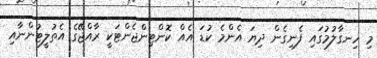
މި ހިނގާލުމުގައި ފެނިގެން ދިޔަ އެންމެ ކުޑަ އެއް ކޮންޓިންޖެންޓަކީ ރާއްޖޭގެ އެތުލީޓުންނާއި